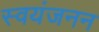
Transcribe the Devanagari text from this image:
स्वयंजनन